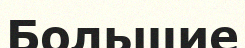
Большие